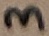
Text: 3